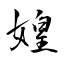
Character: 媓